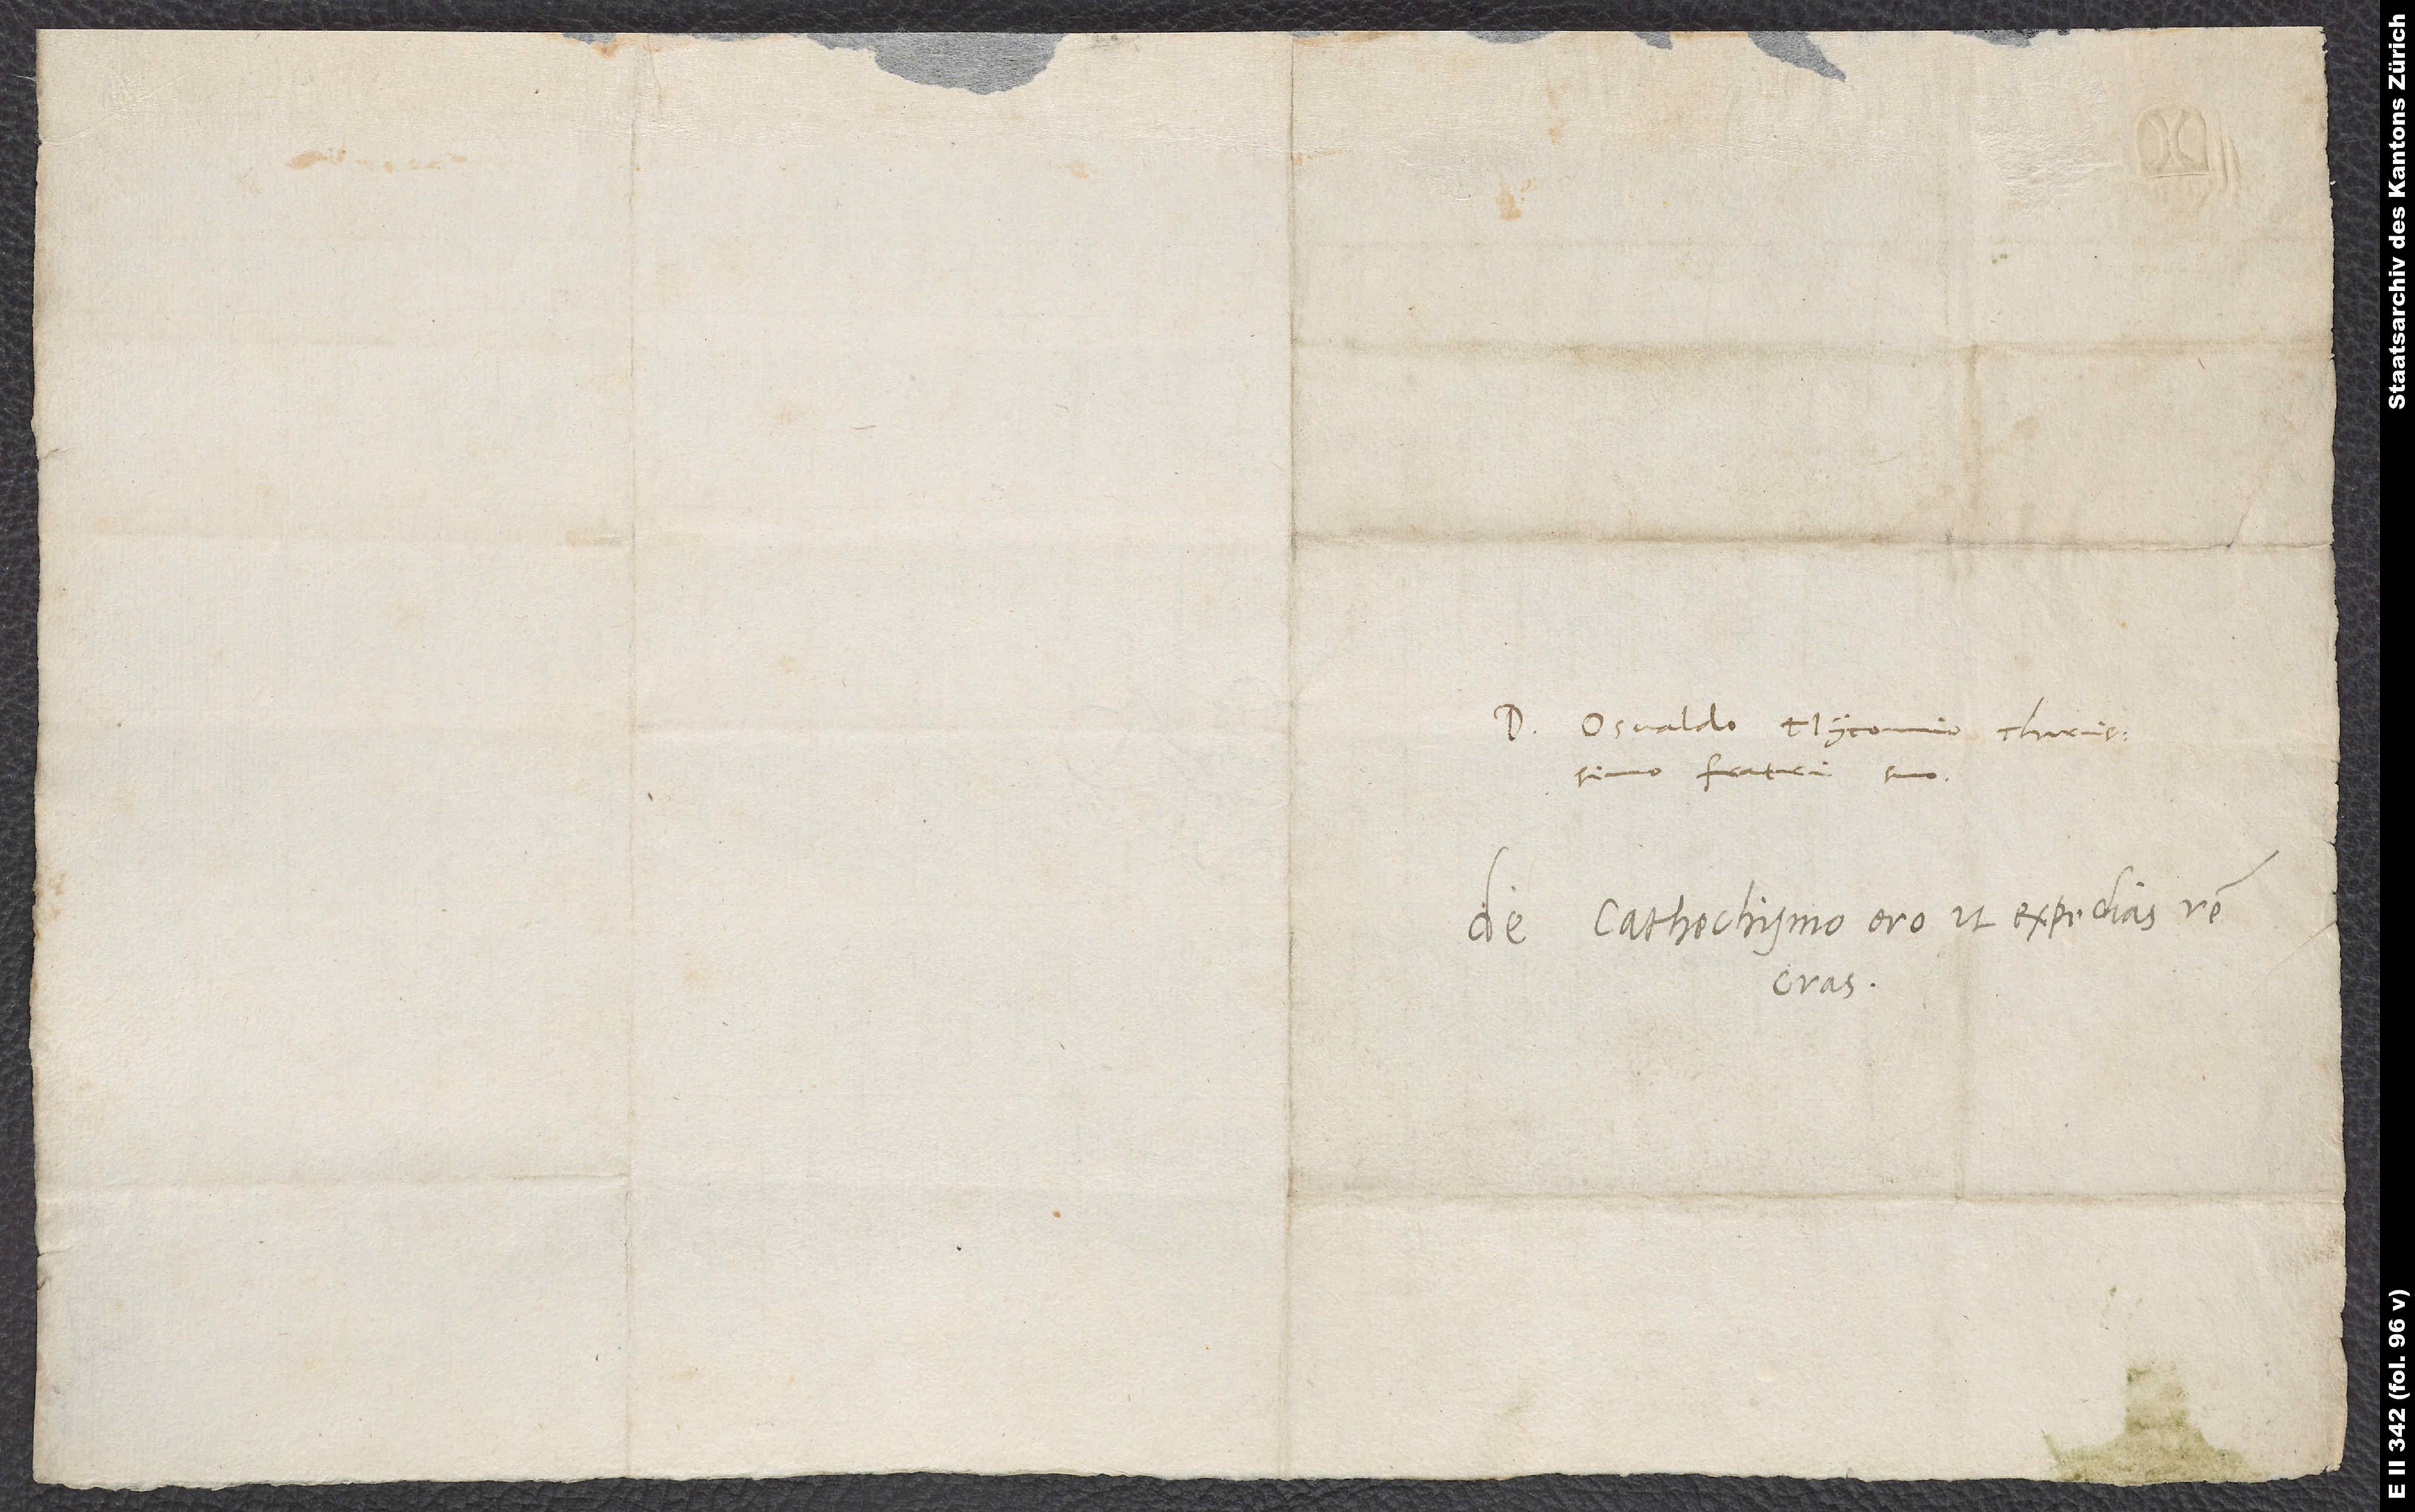
Domino Osvaldo Myconio, charissimo
fratri suo.